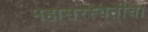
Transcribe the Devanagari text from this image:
महासरस्वतीचा